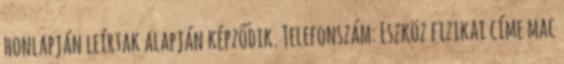
honlapján leírtak alapján képződik. Telefonszám: Eszköz fizikai címe mac